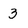
Character: 3